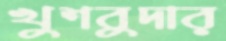
খুশবুদার